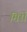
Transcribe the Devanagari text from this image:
मिसें